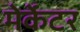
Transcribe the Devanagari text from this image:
मेर्केटर